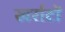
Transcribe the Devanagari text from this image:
खर्राटों